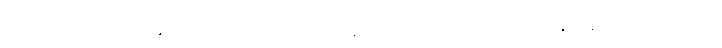
တစ်ပါးလည်းဖြစ်ကုန်သော။ သောတာယတနာဒိ နိဒ္ဒေသေသုပိ၊ သောတာယတနာဒိနိဒ္ဒေသတို့၌လည်း။